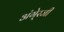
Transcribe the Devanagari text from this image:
अंगे्रजी